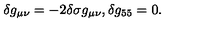
\delta g _ { \mu \nu } = - 2 \delta \sigma g _ { \mu \nu } , \delta g _ { 5 5 } = 0 .